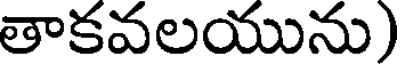
తాకవలయును)